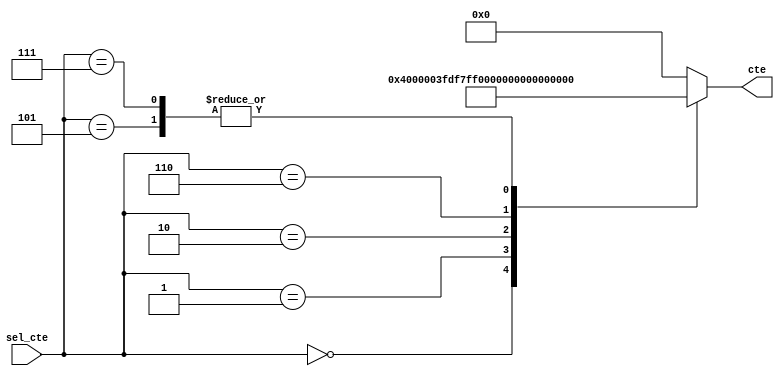
`timescale 1ns / 1ps
//////////////////////////////////////////////////////////////////////////////////
// Company: 
// Engineer: 
// 
// Design Name: 
// Module Name:    ctes_pasoalto20hz 
// Project Name: 
// Target Devices: 
// Tool versions: 
// Description: 
//
// Dependencies: 
//
// Revision: 
// Revision 0.01 - File Created
// Additional Comments: 
//
//////////////////////////////////////////////////////////////////////////////////
module ctes_pasoalto20#(parameter cant_bits = 25)(
					input wire [3:0] sel_cte,
					output reg [cant_bits-1:0] cte
    );


always @ *
		case(sel_cte)
			4'b0000:	cte = 25'h4000;
			4'b0001:	cte = 25'h7FBE;//-a1
			4'b0010:	cte = 25'h1FFC042;//-a2
			4'b0101:	cte = 25'h3FDF;//b0
			4'b0110:	cte = 25'h1FF8042;//b1
			4'b0111:	cte = 25'h3FDF;//b2
			default: cte = 25'h0;
		endcase
endmodule